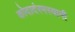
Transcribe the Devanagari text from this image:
कोदादंरमस्वामी